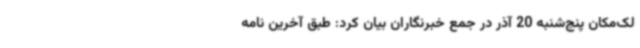
لک‌مکان پنج‌شنبه 20 آذر در جمع خبرنگاران بیان کرد: طبق آخرین نامه